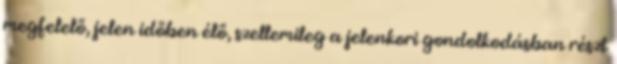
megfelelő, jelen időben élő, szellemileg a jelenkori gondolkodásban részt